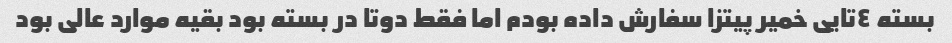
بسته ٤تایی خمیر پیتزا سفارش داده بودم اما فقط دوتا در بسته بود بقیه موارد عالی بود